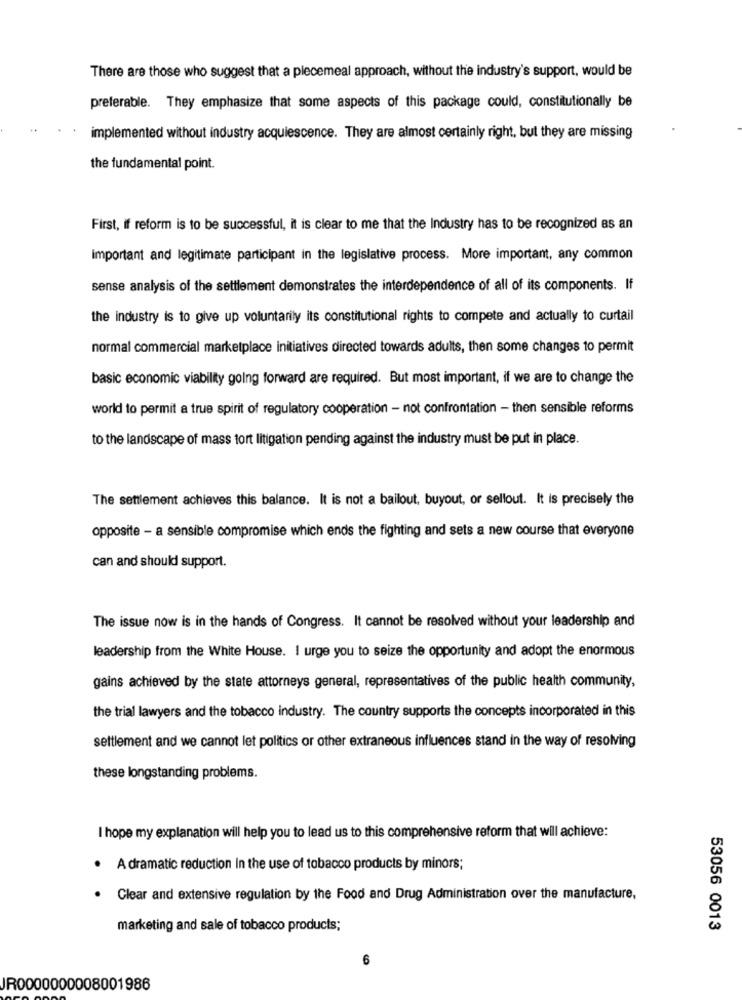
There are those who suggest that a piecemeal approach, without the industry's support, would be
preferable. They emphasize that some aspects of this package could, constitutionally be
implemented without industry acquiescence. They are almost certainly right, but they are missing
the fundamental point.
First, if reform is to be successful, it is clear to me that the Industry has to be recognized as an
important and legitimate participant in the legislative process. More important, any common
sense analysis of the settlement demonstrates the interdependence of all of its components. If
the industry is to give up voluntarily its constitutional rights to compete and actually to curtail
normal commercial marketplace initiatives directed towards adults, then some changes to permit
basic economic viability going forward are required. But most important, if we are to change the
world to permit a true spirit of regulatory cooperation - not confrontation - then sensible reforms
to the landscape of mass fort litigation pending against the industry must be put in place.
The settlement achieves this balance. It is not a bailout, buyout, or sellout. It is precisely the
opposite - a sensible compromise which ends the fighting and sets a new course that everyone
can and should support.
The issue now is in the hands of Congress. It cannot be resolved without your leadership and
leadership from the White House. I urge you to seize the opportunity and adopt the enormous
gains achieved by the state attorneys general, representatives of the public health community,
the trial lawyers and the tobacco industry. The country supports the concepts incorporated in this
settlement and we cannot let politics or other extraneous influences stand in the way of resolving
these longstanding problems.
I hope my explanation will help you to lead us to this comprehensive reform that will achieve:
. A dramatic reduction In the use of tobacco products by minors;
.
Clear and extensive regulation by the Food and Drug Administration over the manufacture,
marketing and sale of tobacco products;
53056 0013
6
JR0000000008001986